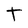
Character: t